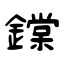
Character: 鏿